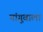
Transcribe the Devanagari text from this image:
गांगूवाला